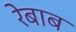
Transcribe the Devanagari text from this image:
रेबाब